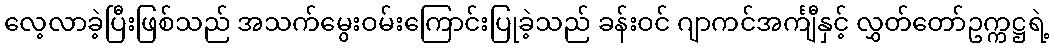
လေ့လာခဲ့ပြီးဖြစ်သည် အသက်မွေးဝမ်းကြောင်းပြုခဲ့သည် ခန်းဝင် ဂျာကင်အင်္ကျီနှင့် လွှတ်တော်ဥက္ကဋ္ဌရဲ့